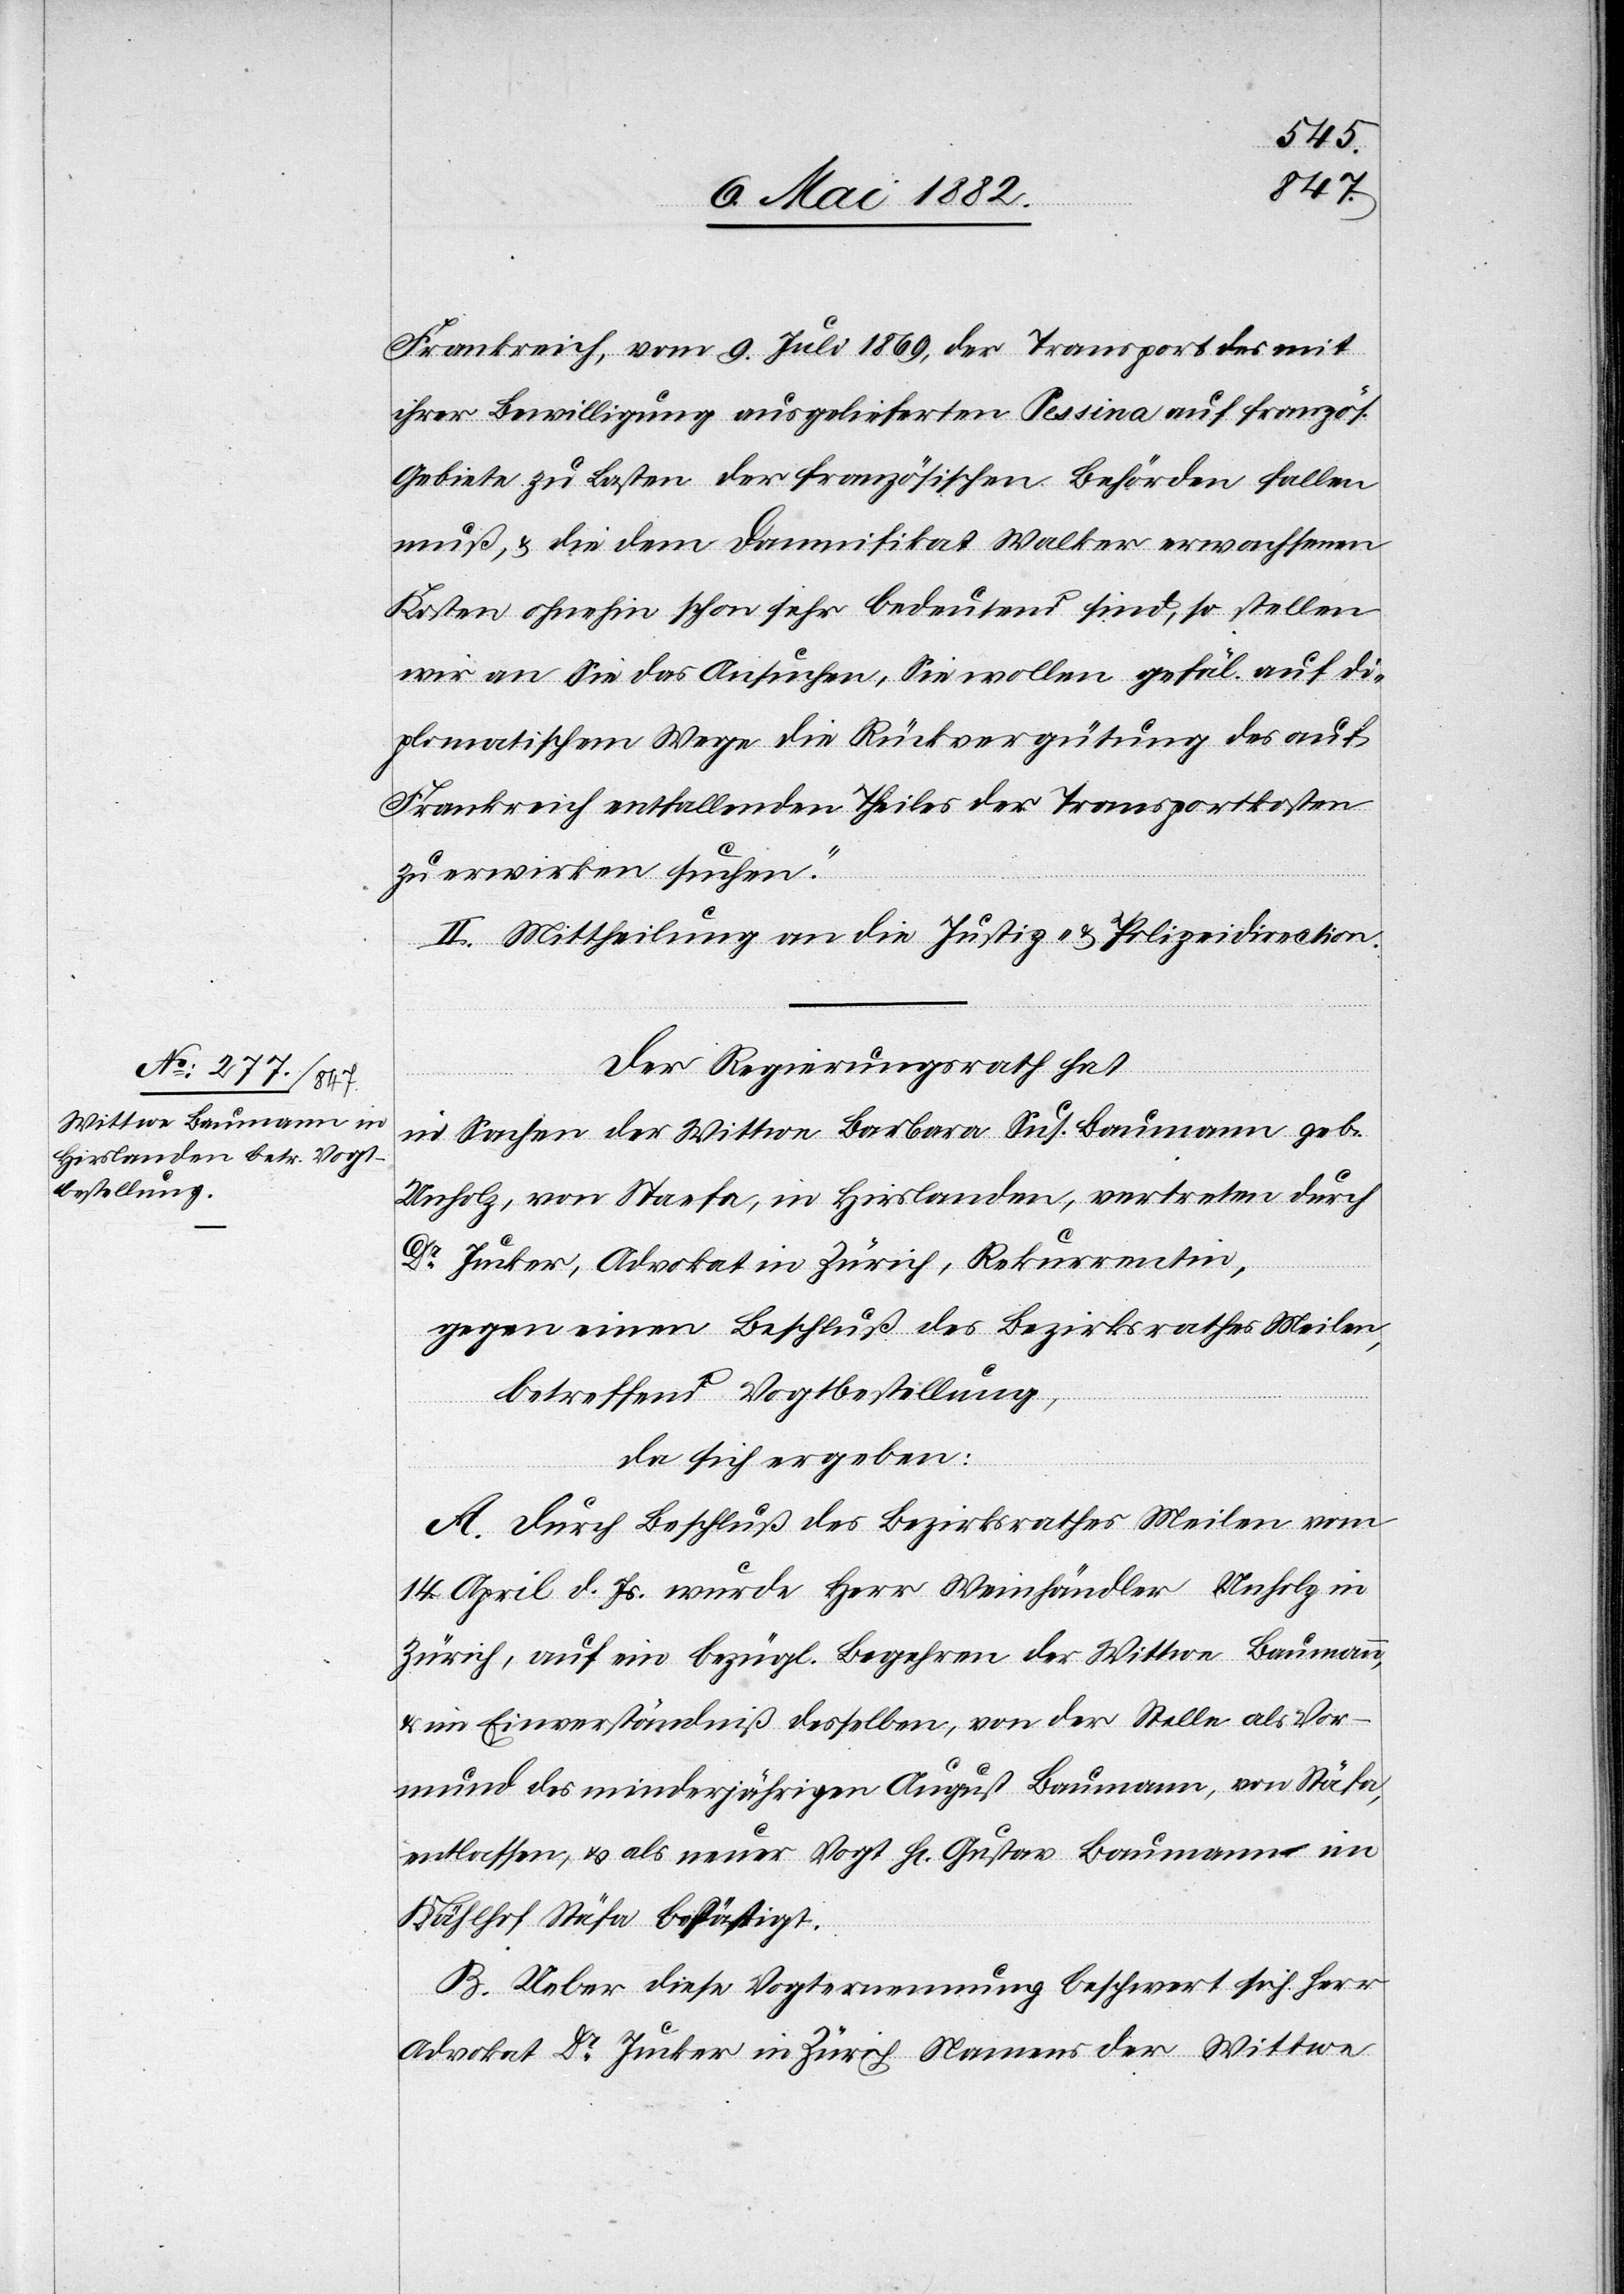
Frankreich, vom 9. Juli 1869, der Transport des mit
ihrer Bewilligung ausgelieferten Pessina auf französ.
Gebiete zu Lasten der französischen Behörden fallen
muß, & die dem Damnifikat Walker erwachsenen
Kosten ohnehin schon sehr bedeutend sind, so stellen
wir an Sie das Ansuchen, Sie wollen gefäll. auf di¬
plomatischem Wege die Rückvergütung des auf
Frankreich entfallenden Theiles der Transportkosten
zu erwirken suchen.“
II. Mittheilung an die Justiz- & Polizeidirektion.
Der Regierungsrath hat
in Sachen der Wittwe Barbara Sus. Baumann geb.
Unholz, von Staefa, in Hirslanden, vertreten durch
Dr Jucker, Advokat in Zürich, Rekurrentin,
gegen einen Beschluß des Bezirksrathes Meilen,
betreffend Vogtbestellung,
da sich ergeben:
A. Durch Beschluß des Bezirksrathes Meilen vom
14. April d. Js. wurde Herr Weinhändler Unholz in
Zürich, auf ein bezügl. Begehren der Wittwe Baumann,
& im Einverständniß desselben, von der Stelle als Vor¬
mund des minderjährigen August Baumann, von Stäfa,
entlassen, u. als neuer Vogt Hr. Gustav Baumann im
Kählhof Stäfa bestätigt.
B. Ueber diese Vogternennung beschwert sich Herr
Advokat Dr Jucker in Zürich Namens der Wittwe